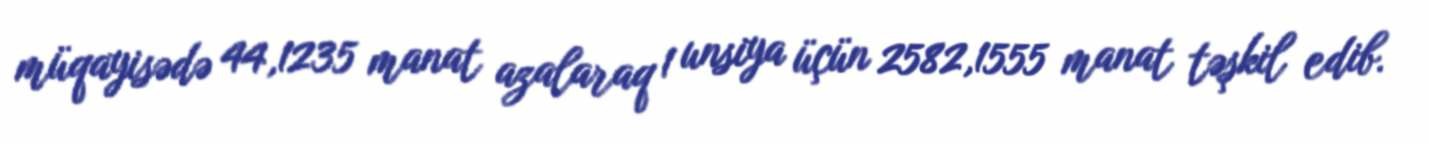
müqayisədə 44,1235 manat azalaraq 1 unsiya üçün 2582,1555 manat təşkil edib.